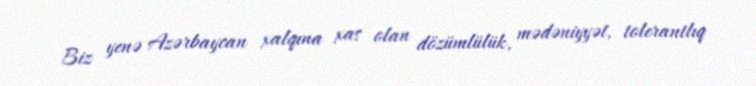
Biz yenə Azərbaycan xalqına xas olan dözümlülük, mədəniyyət, tolerantlıq